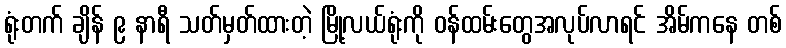
ရုံးတက် ချိန် ၉ နာရီ သတ်မှတ်ထားတဲ့ မြို့လယ်ရုံးကို ဝန်ထမ်းတွေအလုပ်လာရင် အိမ်ကနေ တစ်